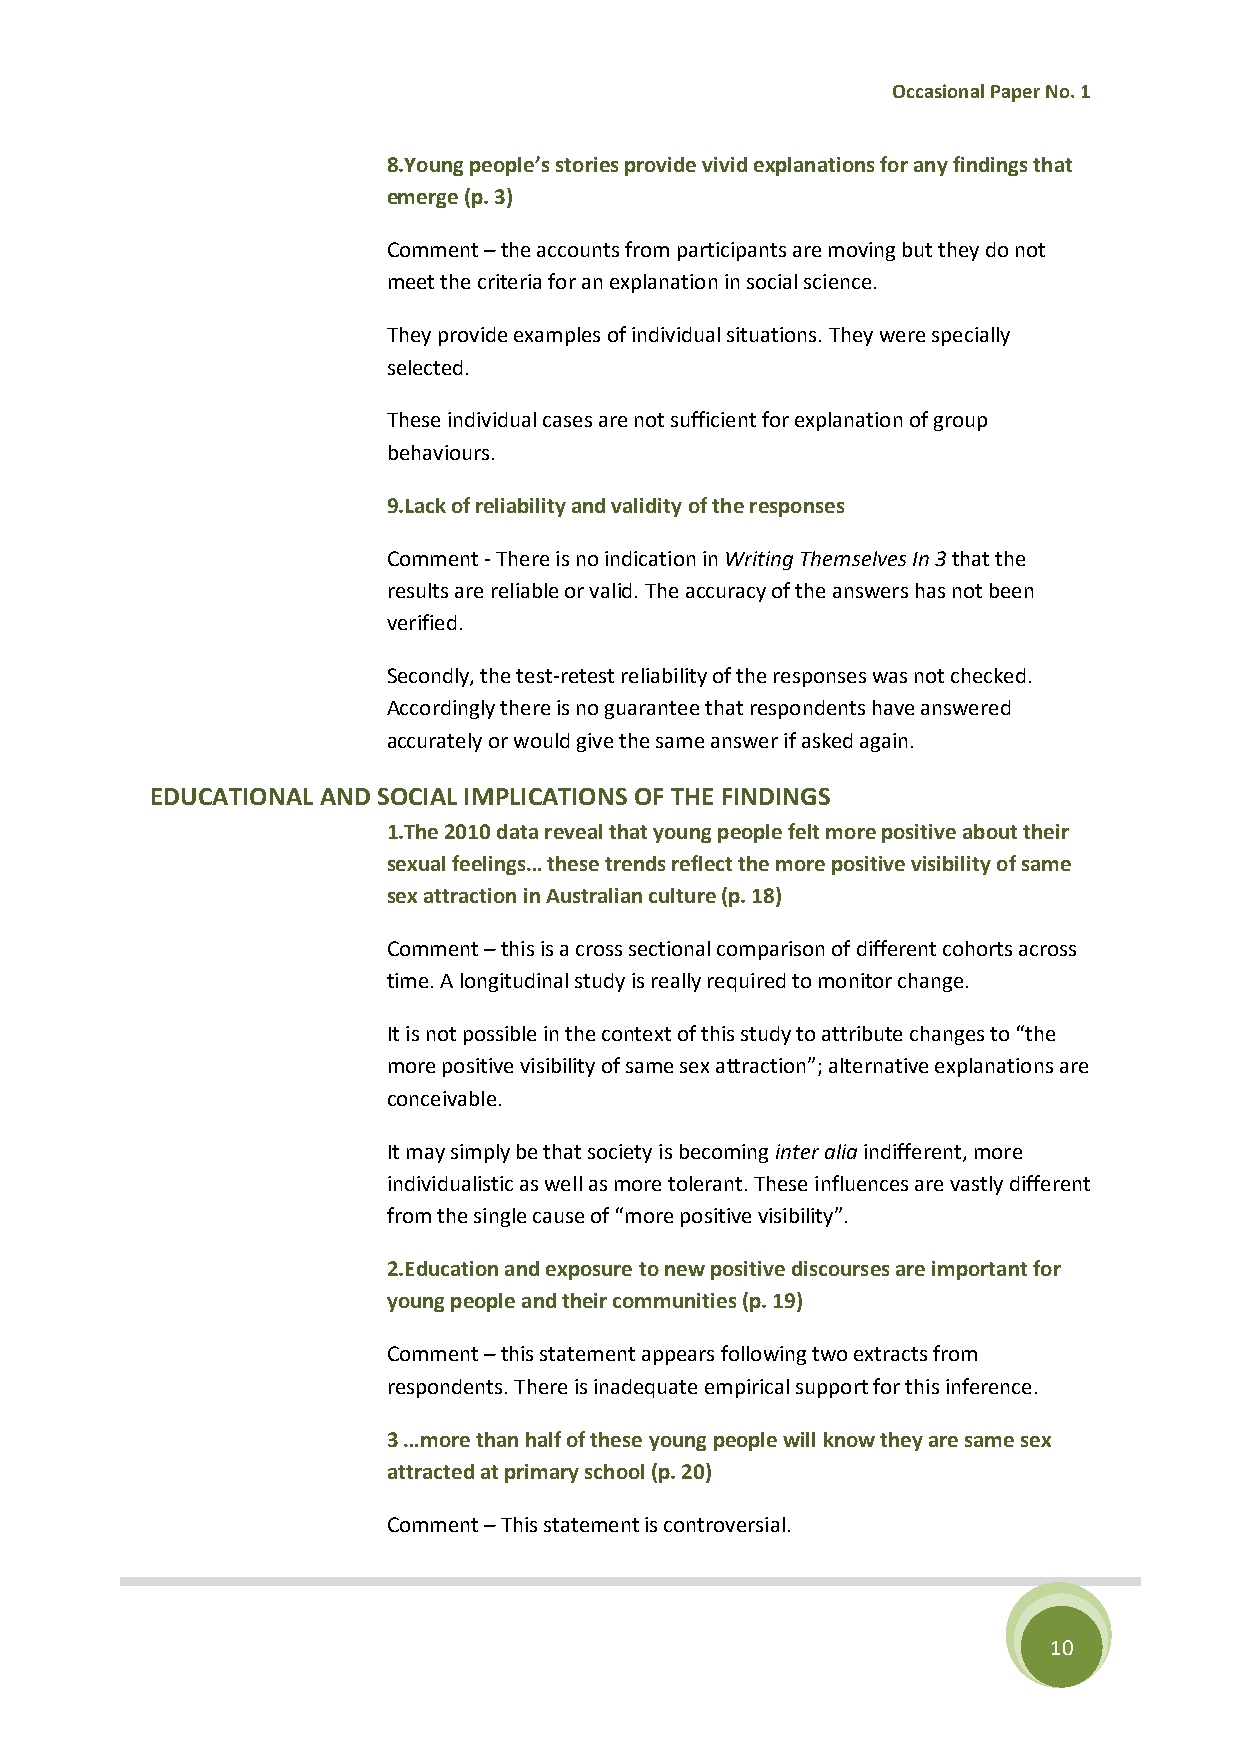
Occasional Paper No. 1
 8.Young people’s stories provide vivid explanations for any findings that
 emerge (p. 3)
 Comment – the accounts from participants are moving but they do not
 meet the criteria for an explanation in social science.
 They provide examples of individual situations. They were specially
 selected.
 These individual cases are not sufficient for explanation of group
 behaviours.
 9.Lack of reliability and validity of the responses
 Comment - There is no indication in Writing Themselves In 3 that the
 results are reliable or valid. The accuracy of the answers has not been
 verified.
 Secondly, the test-retest reliability of the responses was not checked.
 Accordingly there is no guarantee that respondents have answered
 accurately or would give the same answer if asked again.
 EDUCATIONAL AND SOCIAL IMPLICATIONS OF THE FINDINGS
 1.The 2010 data reveal that young people felt more positive about their
 sexual feelings… these trends reflect the more positive visibility of same
 sex attraction in Australian culture (p. 18)
 Comment – this is a cross sectional comparison of different cohorts across
 time. A longitudinal study is really required to monitor change.
 It is not possible in the context of this study to attribute changes to “the
 more positive visibility of same sex attraction”; alternative explanations are
 conceivable.
 It may simply be that society is becoming inter alia indifferent, more
 individualistic as well as more tolerant. These influences are vastly different
 from the single cause of “more positive visibility”.
 2.Education and exposure to new positive discourses are important for
 young people and their communities (p. 19)
 Comment – this statement appears following two extracts from
 respondents. There is inadequate empirical support for this inference.
 3 …more than half of these young people will know they are same sex
 attracted at primary school (p. 20)
 Comment – This statement is controversial.
 10